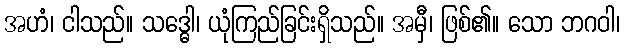
အဟံ၊ ငါသည်။ သဒ္ဓေါ၊ ယုံကြည်ခြင်းရှိသည်။ အမှီ၊ ဖြစ်၏။ သော ဘဂဝါ၊